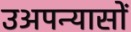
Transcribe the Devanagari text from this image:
उअपन्यासों